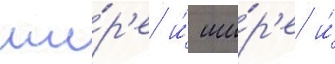
ши́р'е и́ ши́р'е и́